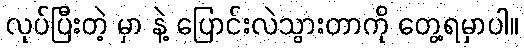
လုပ်ပြီးတဲ့ မှာ နဲ့ ပြောင်းလဲသွားတာကို တွေ့ရမှာပါ။